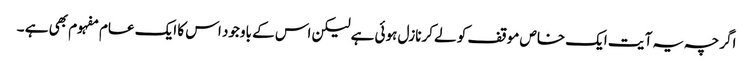
اگرچہ یہ آ یت ایک خاص موقف کو لے کرنازل ہوئی ہے لیکن اس کے باوجود اس کا ایک عام مفہوم بھی ہے ۔